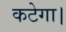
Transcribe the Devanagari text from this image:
कटेगा।